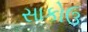
સાકોઉ